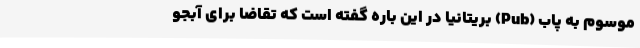
موسوم به پاب (Pub) بریتانیا در این باره گفته است که تقاضا برای آبجو